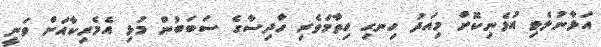
އަޅާނުލެވި އުޅެނިކޮށް މިއަދު ހިނގި ހިތާމަވެރި ހާދިސާގެ ސަބަބުން މުޅި އެމެރިކާއަށް ވަނީ